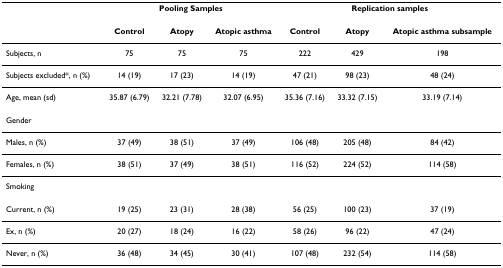
|  | <COLSPAN=3> Pooling Samples | <COLSPAN=3> Replication samples |
 | --- | --- | --- | --- | --- | --- | --- |
 |  | Control | Atopy | Atopic asthma | Control | Atopy | Atopic asthma subsample |
 | Subjects, n | 75 | 75 | 75 | 222 | 429 | 198 |
 | Subjects excluded*, n (%) | 14 (19) | 17 (23) | 14 (19) | 47 (21) | 98 (23) | 48 (24) |
 | Age, mean (sd) | 35.87 (6.79) | 32.21 (7.78) | 32.07 (6.95) | 35.36 (7.16) | 33.32 (7.15) | 33.19 (7.14) |
 | Gender |  |  |  |  |  |  |
 | Males, n (%) | 37 (49) | 38 (51) | 37 (49) | 106 (48) | 205 (48) | 84 (42) |
 | Females, n (%) | 38 (51) | 37 (49) | 38 (51) | 116 (52) | 224 (52) | 114 (58) |
 | Smoking |  |  |  |  |  |  |
 | Current, n (%) | 19 (25) | 23 (31) | 28 (38) | 56 (25) | 100 (23) | 37 (19) |
 | Ex, n (%) | 20 (27) | 18 (24) | 16 (22) | 58 (26) | 96 (22) | 47 (24) |
 | Never, n (%) | 36 (48) | 34 (45) | 30 (41) | 107 (48) | 232 (54) | 114 (58) |